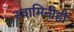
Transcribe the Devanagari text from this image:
स्वामिनीही